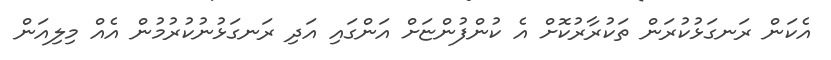
އެކަން ރަނގަޅުކުރަން ތަކުރާރުކޮށް އެ ކުންފުންޏަށް އަންގައި އަދި ރަނގަޅުނުކުރުމުން އެއް މިލިއަން